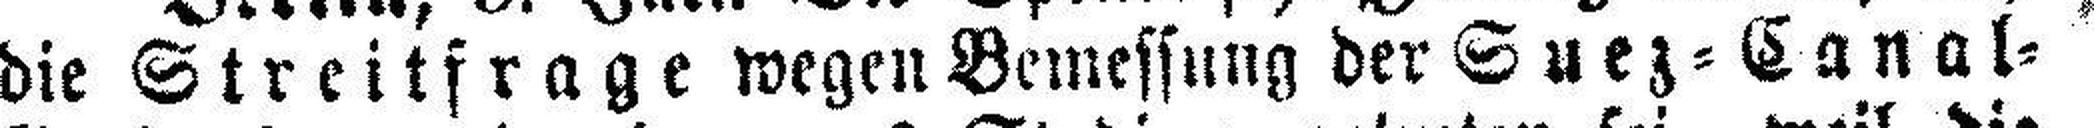
die Streitfrage wegen Bemessung der Suez=Canal=